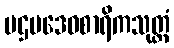
ပဌမဒေဝစာရိကသုတ္တံ